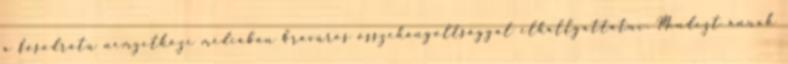
a fősodratú nemzetközi médiában bravúros összehangoltsággal elhallgattatni. Mindezt annak